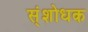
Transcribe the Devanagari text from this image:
स्ंशोधक